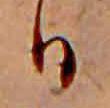
日